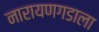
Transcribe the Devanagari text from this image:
नारायणगडाला